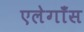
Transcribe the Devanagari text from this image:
एलेगाँस